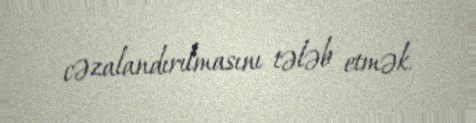
cəzalandırılmasını tələb etmək.